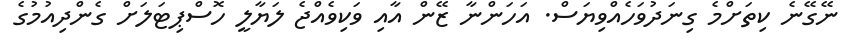
ނޭގޭނެ ކިތަށްމެ ގިނަދުވަހެއްވިޔަސް. އަހަންނާ ޒޭން އާއި ވަކިވެއްޖެ ލަޔާލީ ހޮސްޕިޓަލަށް ގެންދިއުމުގެ